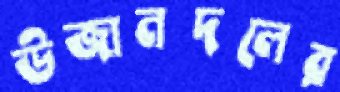
উজানদলের